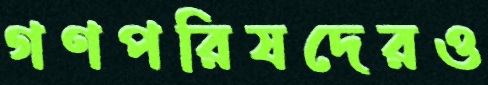
গণপরিষদেরও